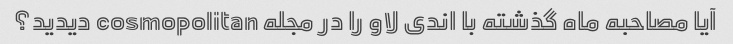
آیا مصاحبه ماه گذشته با اندی لاو را در مجله cosmopolitan دیدید؟